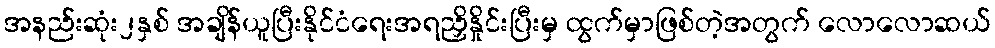
အနည်းဆုံး၂နှစ် အချိန်ယူပြီးနိုင်ငံရေးအရညှိနှိုင်းပြီးမှ ထွက်မှာဖြစ်တဲ့အတွက် လောလောဆယ်